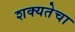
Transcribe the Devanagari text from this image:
शक्यतेचा